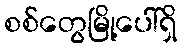
စစ်တွေမြို့ပေါ်ရှိ